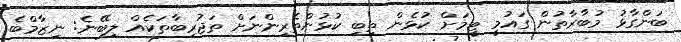
ބަންގާޅު މުބާރާތުން ގައުމީ ޓީމަށް ކުޅެން ތިބި ކުޅުންތެރިންނަށް ތަޖުރިބާތަކެއް ލިބޭނެ: ނިޒާމްބެ